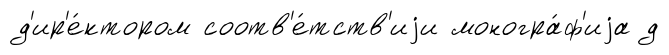
д'ир'е́ктором соотв'е́тств'иjи моногра́ф'иjа д